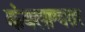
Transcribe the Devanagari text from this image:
कंबलाश्वतर